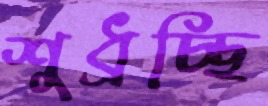
শুধ্‌রচ্ছি